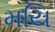
મયિ